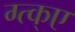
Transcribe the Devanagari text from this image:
ग्त्क्ए